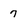
Character: 7